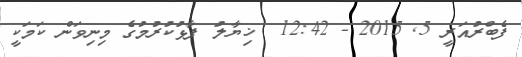
ފެބްރުއަރީ 5